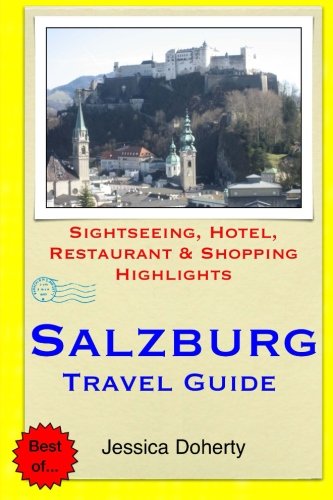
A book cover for Salzburg Travel Guide: Sightseeing, Hotel, Restaurant & Shopping Highlights; Jessica Doherty; Travel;